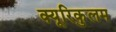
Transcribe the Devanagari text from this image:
क्यूरिकुलम